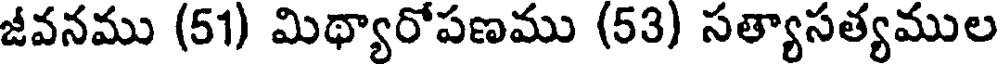
జీవనము (51) మిథ్యారోపణము (53) సత్యాసత్యముల